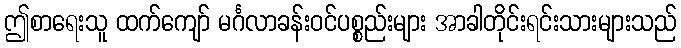
ဤစာရေးသူ ထက်ကျော် မင်္ဂလာခန်းဝင်ပစ္စည်းများ အာခါတိုင်းရင်းသားများသည်